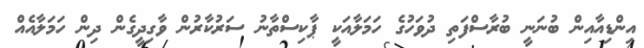
އިންޑިއާއިން ބުނަނީ ބުރާސްފަތި ދުވަހުގެ ހަމަލާއަކީ ޕާކިސްތާނު ސަރުކާރުން ވާގިދީގެން ދިން ހަމަލާއެއް